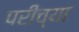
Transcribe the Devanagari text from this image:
परीच्या